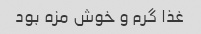
غذا گرم و خوش مزه بود